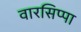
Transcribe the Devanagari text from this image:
वारसिप्पा